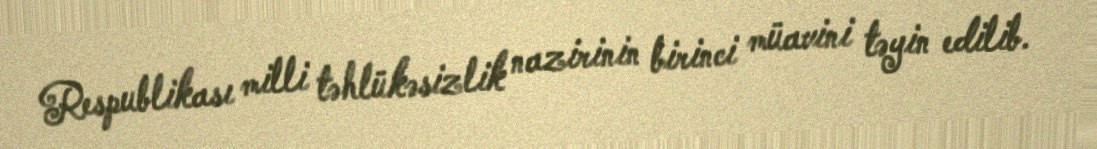
Respublikası milli təhlükəsizlik nazirinin birinci müavini təyin edilib.